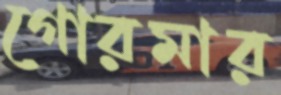
গোরমার